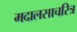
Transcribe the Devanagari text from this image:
मदालसाचरित्र